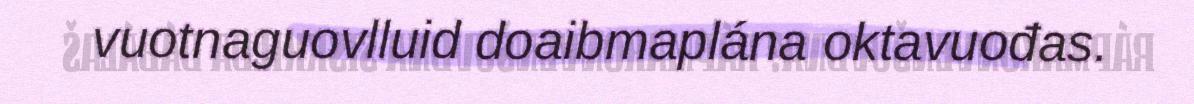
vuotnaguovlluid doaibmaplána oktavuođas.